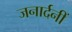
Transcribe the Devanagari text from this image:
जनार्दनीं